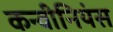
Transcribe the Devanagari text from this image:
कन्वीनियंस